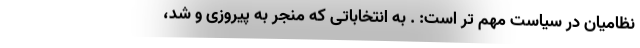
نظامیان در سیاست مهم تر است: . به انتخاباتی که منجر به پیروزی و شد،